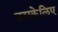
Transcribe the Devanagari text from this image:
उसकेलिए